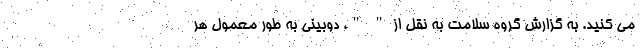
می کنید. به گزارش گروه سلامت به نقل از " "، دوبینی به طور معمول هر